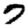
Digit: 7